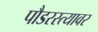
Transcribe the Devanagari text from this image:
पौडरस्त्यावर